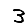
Digit: 3